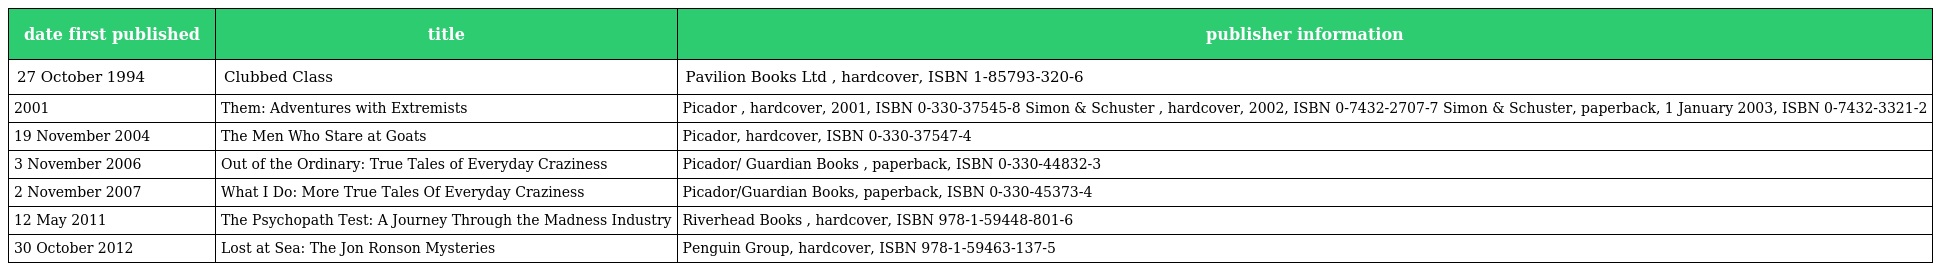
| date first published | title | publisher information |
 | --- | --- | --- |
 | 27 October 1994 | Clubbed Class | Pavilion Books Ltd , hardcover, ISBN 1-85793-320-6 |
 | 2001 | Them: Adventures with Extremists | Picador , hardcover, 2001, ISBN 0-330-37545-8 Simon & Schuster , hardcover, 2002, ISBN 0-7432-2707-7 Simon & Schuster, paperback, 1 January 2003, ISBN 0-7432-3321-2 |
 | 19 November 2004 | The Men Who Stare at Goats | Picador, hardcover, ISBN 0-330-37547-4 |
 | 3 November 2006 | Out of the Ordinary: True Tales of Everyday Craziness | Picador/ Guardian Books , paperback, ISBN 0-330-44832-3 |
 | 2 November 2007 | What I Do: More True Tales Of Everyday Craziness | Picador/Guardian Books, paperback, ISBN 0-330-45373-4 |
 | 12 May 2011 | The Psychopath Test: A Journey Through the Madness Industry | Riverhead Books , hardcover, ISBN 978-1-59448-801-6 |
 | 30 October 2012 | Lost at Sea: The Jon Ronson Mysteries | Penguin Group, hardcover, ISBN 978-1-59463-137-5 |